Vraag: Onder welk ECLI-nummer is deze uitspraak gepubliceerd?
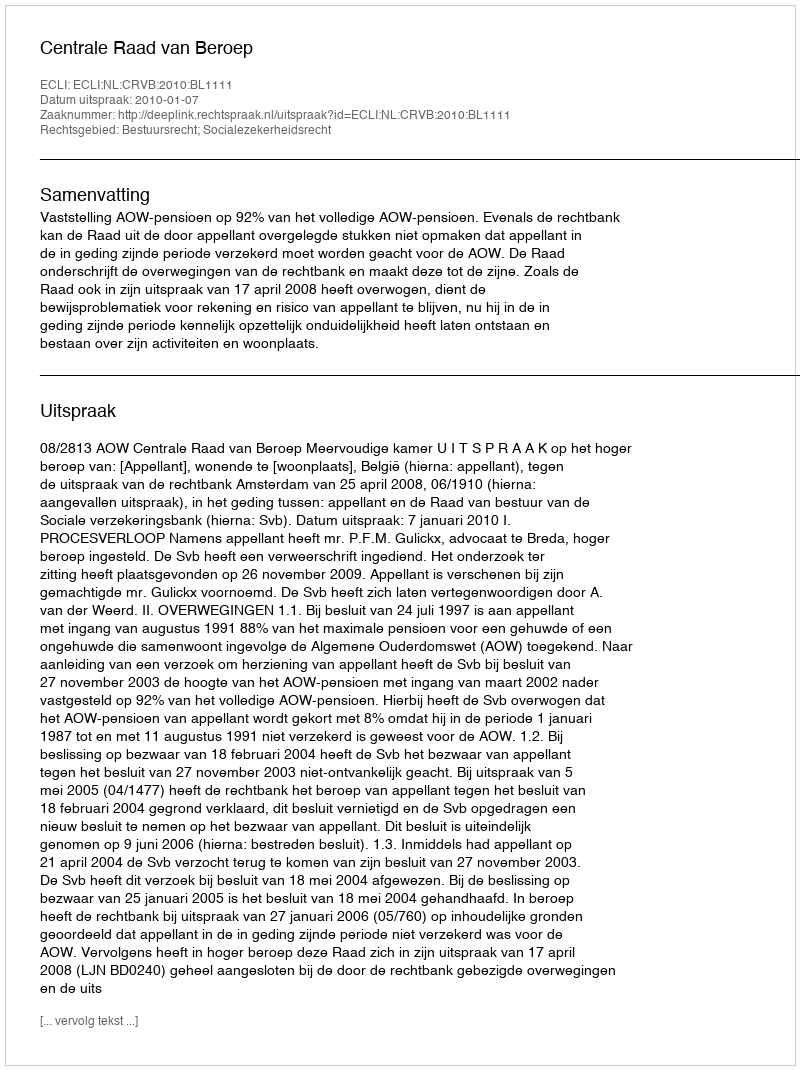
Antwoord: ECLI:NL:CRVB:2010:BL1111